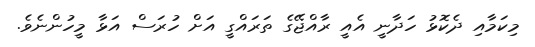
މިކަމާއި ދެކޮޅު ހަދާނީ އެއީ ރާއްޖޭގެ ތަރައްގީ އަށް ހުރަސް އަޅާ މީހުންނެވެ.